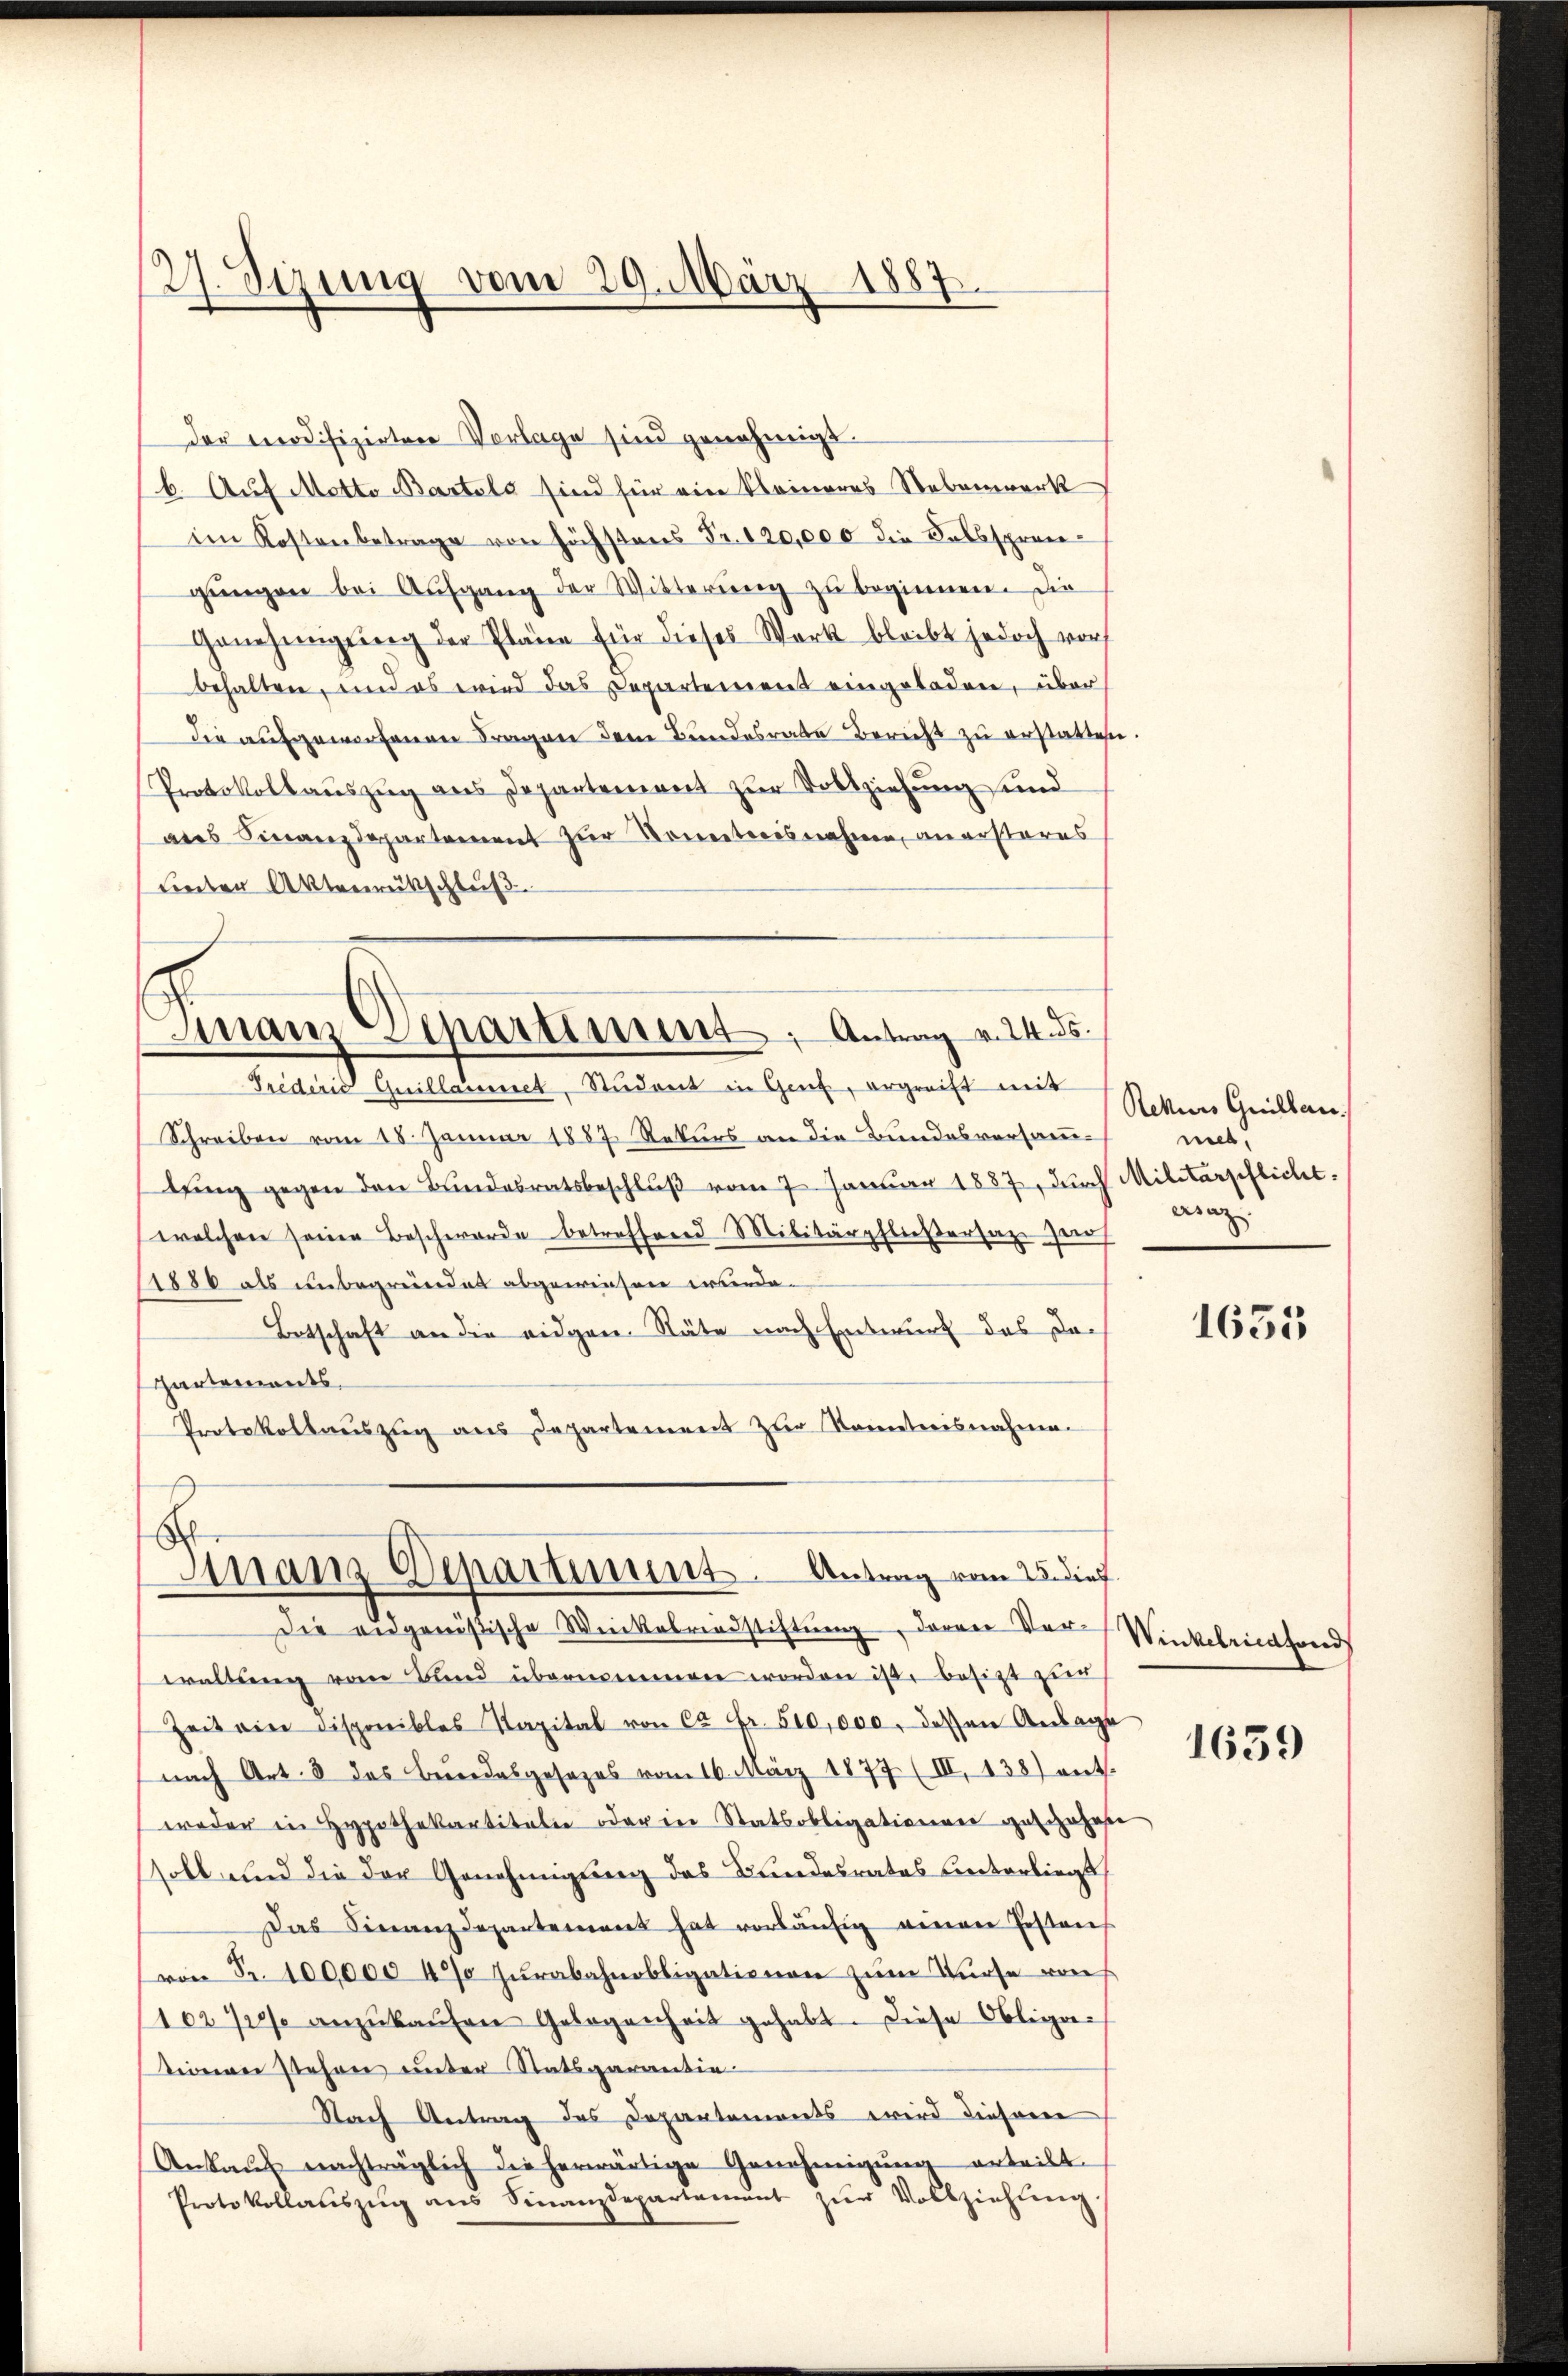
27. Sizung vom 29. März 1887.

der modifizirten Vorlage sind genehmigt.
b. Auf Motto Bartels sind für ein kleineres Nebenwerk
im Kostenbetrage von höchstens Fr. 120,000 die Selbsprengŭngen bei Aŭsgang der Witterŭng zu beginnen. Die
Genehmigŭng der Pläne für dieses Werk bleibt jedoch vor
behalten, und es wird das Departement eingeladen, über
die aufgeworfenen Fragen dem Bundesrate Bericht zu erstatten.
Protokollauszug aus Departement zur Vollziehung und
ans Finanzdepartement zŭr Kometerisnahme, an ersteres
Lnter Aktenrückschluß

Finanz Departiment, Antrag v. 24. ds.

Trideris Quillammet, Student in Genf, ergreift mit
Schreiben vom 18. Januar 1887 Rekurs an die Bundesversamtŭng gegen den Bundesratsbeschlŭβ vom 7. Januar 1887, durch Militärpflicht.
welchen seine Beschwerde betreffend Militärpfließersage zu
11880 als unbegründet abgewiesen wurde.
Botschaft an die eidgen. Stäte nach Entwurf des Do¬
Gartements.
Protokollauszug aus Departement zur Kometrisnahme.
Die eidgenößische Weikelrindstiftŭng, daran Vor Winkelriedfond
waltŭng vom Bund übernommen worden ist, besitzt zur
Zeit ein disponibles Kapital von ca Fr. 510,000, dessen Anlage
nach Art. 8 des Beredesgesezes vom 16. März 1877 (III, 138) ents
weder in Hypothekartiteln oder in Statsobligationen geschahese
soll und die der Genehmigung des Bundesrates unterliegt
Das Finanzdepartement hat vorläŭfig einer festen
von Fr. 100,000 40 Jurabahnobligationen zum Turse von
10270% anzŭkaŭfen Gelegenheit gehabt. Diese Obliga-
tione stehen unter Statsgarantie
Nach Antrag des Departements wird diesene
Ankaŭf nachträglich die herwärtige Genehmigŭng erteilt.
Protokollaŭszŭg ans Finanzdepartament zŭr Vollziehung

S.
Manz Departiment. Antrag vom 25. dief

Rekurs Grillan
net.
esaz.

1655

1639